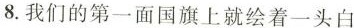
8.我们的第一面国旗上就绘着一头白